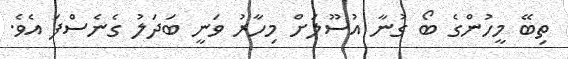
ތިބޭ މީހުންގެ ބޯ ގުނާ އުސޫލަށް މިހާރު ވަނީ ބަދަލު ގެނެސްފަ އެވެ.